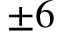
\pm 6